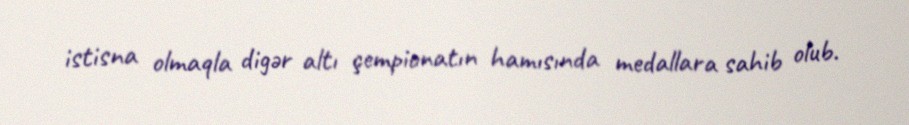
istisna olmaqla digər altı çempionatın hamısında medallara sahib olub.